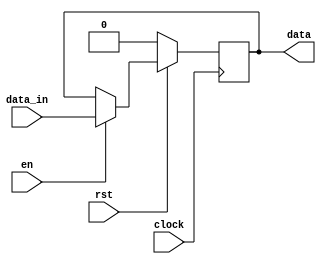
module dff(clock,rst,en,data_in,data);

  input clock;
  input rst;
  input en;
  input data_in;
  
  output data;
  
  reg data;
  
  always@(posedge clock)
  begin
       if(!rst)
           data <= 1'b0;
       else if(en)
           data <= data_in;
       else
           data <= data;
  end
  
endmodule